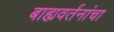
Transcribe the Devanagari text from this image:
बाह्यवर्तनांचा